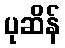
ပုဆိန်